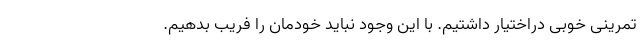
تمرینی خوبی دراختیار داشتیم. با این وجود نباید خودمان را فریب بدهیم.